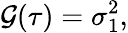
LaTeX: \mathcal{G}(\tau)=\sigma_{1}^{2},